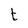
Character: t